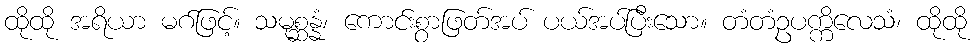
ထိုထို အရိယာ မဂ်ဖြင့်။ သမုစ္ဆန္နံ၊ ကောင်းစွာဖြတ်အပ် ပယ်အပ်ပြီးသော။ တံတံဥပက္ကိလေသံ၊ ထိုထို